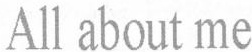
All about me